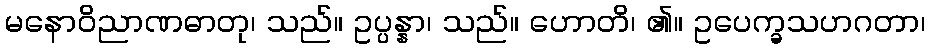
မနောဝိညာဏဓာတု၊ သည်။ ဥပ္ပန္နာ၊ သည်။ ဟောတိ၊ ၏။ ဥပေက္ခသဟဂတာ၊